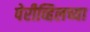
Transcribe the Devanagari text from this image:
पेरीव्हिलच्या